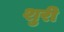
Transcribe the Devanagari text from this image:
शुरी